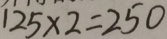
1 2 5 \times 2 = 2 5 0